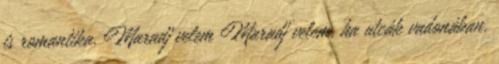
is romantika. Maradj velem Maradj velem, ha utcák vadonában,